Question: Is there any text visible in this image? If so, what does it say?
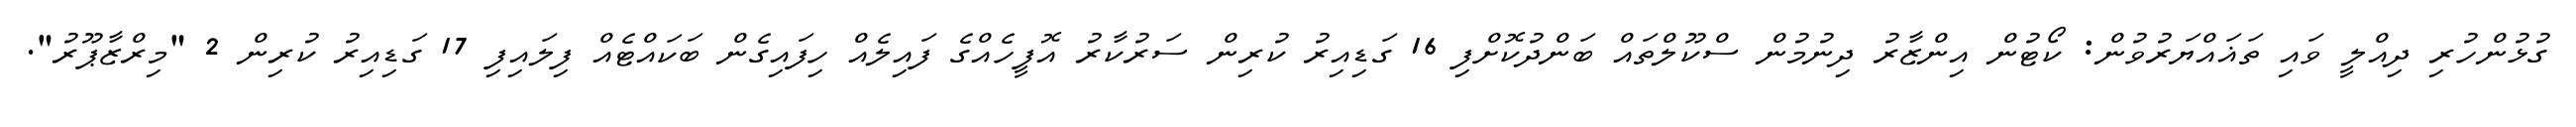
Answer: ގުޅުންހުރި ދިއްލީ ވައި ތަޣައްޔަރުވުން: ކޯޓުން އިންޒާރު ދިނުމުން ސްކޫލްތައް ބަންދުކޮށްފި 16 ގަޑިއިރު ކުރިން ސަރުކާރު އޮފީހެއްގެ ފައިލެއް ހިފައިގެން ބަކައްޓެއް ފިލައިފި 17 ގަޑިއިރު ކުރިން 2 "މިރްޒާޕޫރު".